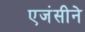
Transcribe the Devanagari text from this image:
एजंसीने